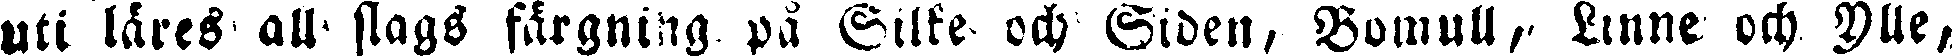
uti läres all slags fårgning på Silke och Siden, Bomull, Linne och Ylle,